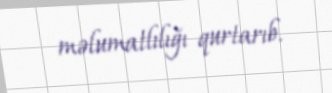
məlumatlılığı qurtarıb.